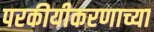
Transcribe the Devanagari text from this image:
परकीयीकरणाच्या